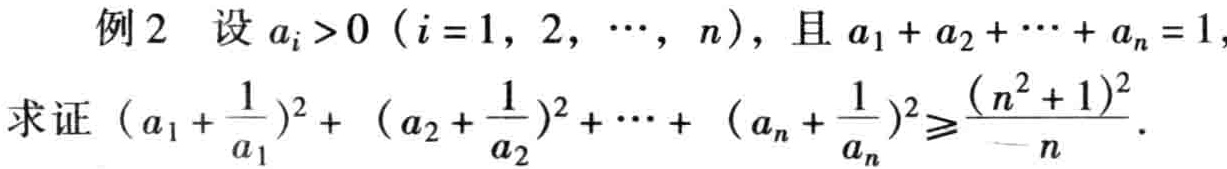
例2 设 \(a_{i}>0\ (i = 1,2,\cdots,n)\)，且 \(a_{1}+a_{2}+\cdots +a_{n}=1\)，

求证 \((a_{1}+\frac{1}{a_{1}})^{2}+(a_{2}+\frac{1}{a_{2}})^{2}+\cdots+(a_{n}+\frac{1}{a_{n}})^{2}\geqslant\frac{(n^{2}+1)^{2}}{n}\)。